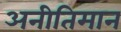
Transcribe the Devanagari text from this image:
अनीतिमान